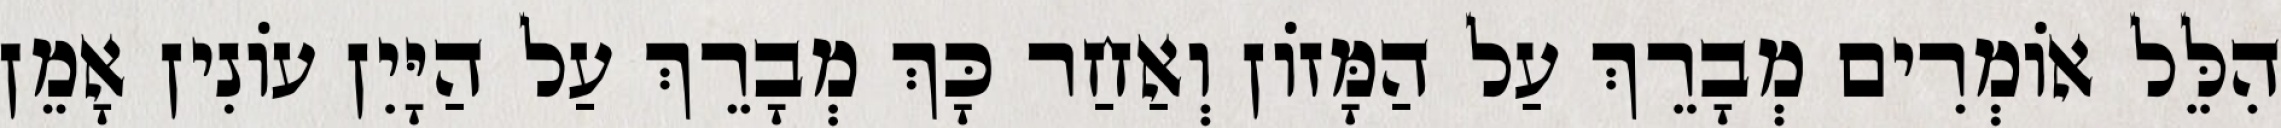
הִלֵּל אוֹמְרִים מְבָרֵךְ עַל הַמָּזוֹן וְאַחַר כָּךְ מְבָרֵךְ עַל הַיָּיִן עוֹנִין אָמֵן